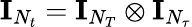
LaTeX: \mathbf{I}_{N_{t}}=\mathbf{I}_{N_{T}}\otimes\mathbf{I}_{N_{\tau}}